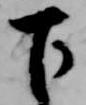
下